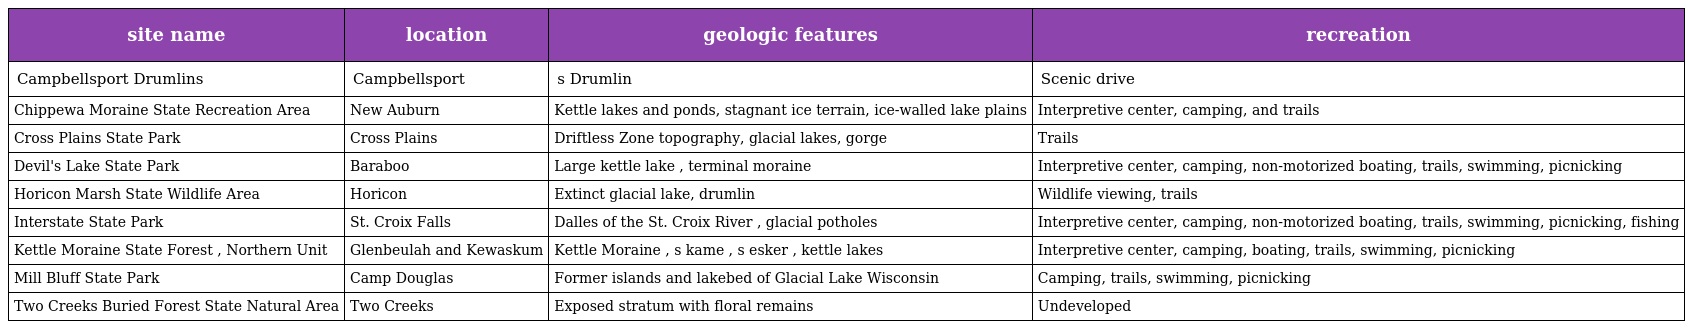
| site name | location | geologic features | recreation |
 | --- | --- | --- | --- |
 | Campbellsport Drumlins | Campbellsport | s Drumlin | Scenic drive |
 | Chippewa Moraine State Recreation Area | New Auburn | Kettle lakes and ponds, stagnant ice terrain, ice-walled lake plains | Interpretive center, camping, and trails |
 | Cross Plains State Park | Cross Plains | Driftless Zone topography, glacial lakes, gorge | Trails |
 | Devil's Lake State Park | Baraboo | Large kettle lake , terminal moraine | Interpretive center, camping, non-motorized boating, trails, swimming, picnicking |
 | Horicon Marsh State Wildlife Area | Horicon | Extinct glacial lake, drumlin | Wildlife viewing, trails |
 | Interstate State Park | St. Croix Falls | Dalles of the St. Croix River , glacial potholes | Interpretive center, camping, non-motorized boating, trails, swimming, picnicking, fishing |
 | Kettle Moraine State Forest , Northern Unit | Glenbeulah and Kewaskum | Kettle Moraine , s kame , s esker , kettle lakes | Interpretive center, camping, boating, trails, swimming, picnicking |
 | Mill Bluff State Park | Camp Douglas | Former islands and lakebed of Glacial Lake Wisconsin | Camping, trails, swimming, picnicking |
 | Two Creeks Buried Forest State Natural Area | Two Creeks | Exposed stratum with floral remains | Undeveloped |